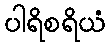
ပါရိစရိယံ